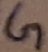
Text: G